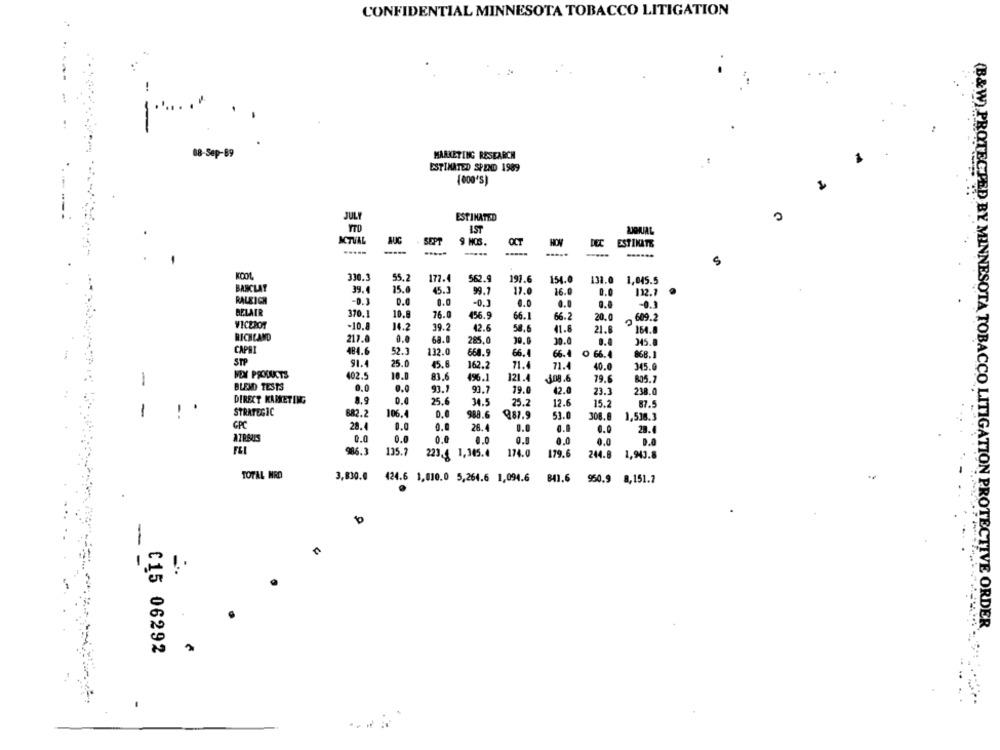
CONFIDENTIAL MINNESOTA TOBACCO LITIGATION
-
88-Sep-89
MARKETING RESEARCH
ESTIMATED SPEND 1989
JULY
ESTIMATED
YTO
IST
LJQUAL
ACTUAL
AUG
SEPT
OCT
HD
9 NOS.
DEC ESTIMATE
-...
5
330.3
55,2
177.4
562.9
191.6
154.0
138.0
1,045.5
BARCLAY
39.4
15.0
45.3
99.7
17.0
16.0
0.0
132.7
RALEIGH
-0.3
0.0
0.0
-0.3
0.0
0.0
-0.1
BELAIR
370.1
10.8
76.0
456.9
66.1
66.2
20.0
.609.2
VICEROT
-10.8
14.2
39.2
42.6
58,6
41.8
21.8
164.8
RICHLAND
0.0
217.0
68.0
285.0
30.0
245.0
CAPRI
484.6
52.3
132.0
668.9
66.4
868.1
66.4 0 66.4
STP
91.4
25.0
15.6
162.2
71.4
71.4
40.0
345.0
MEX PRODUCTS
402.5
10.0
1
83.6
49%.1
121.4
108.6
79.6
805.7
BLEND TESTS
0.0
0.0
93.7
93.7
19.0
42.0
23.3
238.0
DIRECT KABKETING
0.0
25.6
34.5
25.2
12.6
15.2
87.5
1
STRATEGIC
882.2
0.0
106.4
988.6
981.9
53.0
308.8
1,536. 3
GPC
28.4
0.0
28.4
0.0
0.0
0.0
0.0
0.0
0.0
0.0
0.8
0.0
0.0
986.3
135.7
223,4 1,345.4
174.0
179.6
244.8
1,943.
TOTAL MRD
3,830.0
424.6 1,010.0 5,264.6 1,094.6
841.6
950.9
8,151.7
-
10
-
!
(B&W) PROTECTED BY MINNESOTA TOBACCO LITIGATION PROTECTIVE ORDER
C15 06292